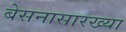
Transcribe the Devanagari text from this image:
बेसनासारख्या